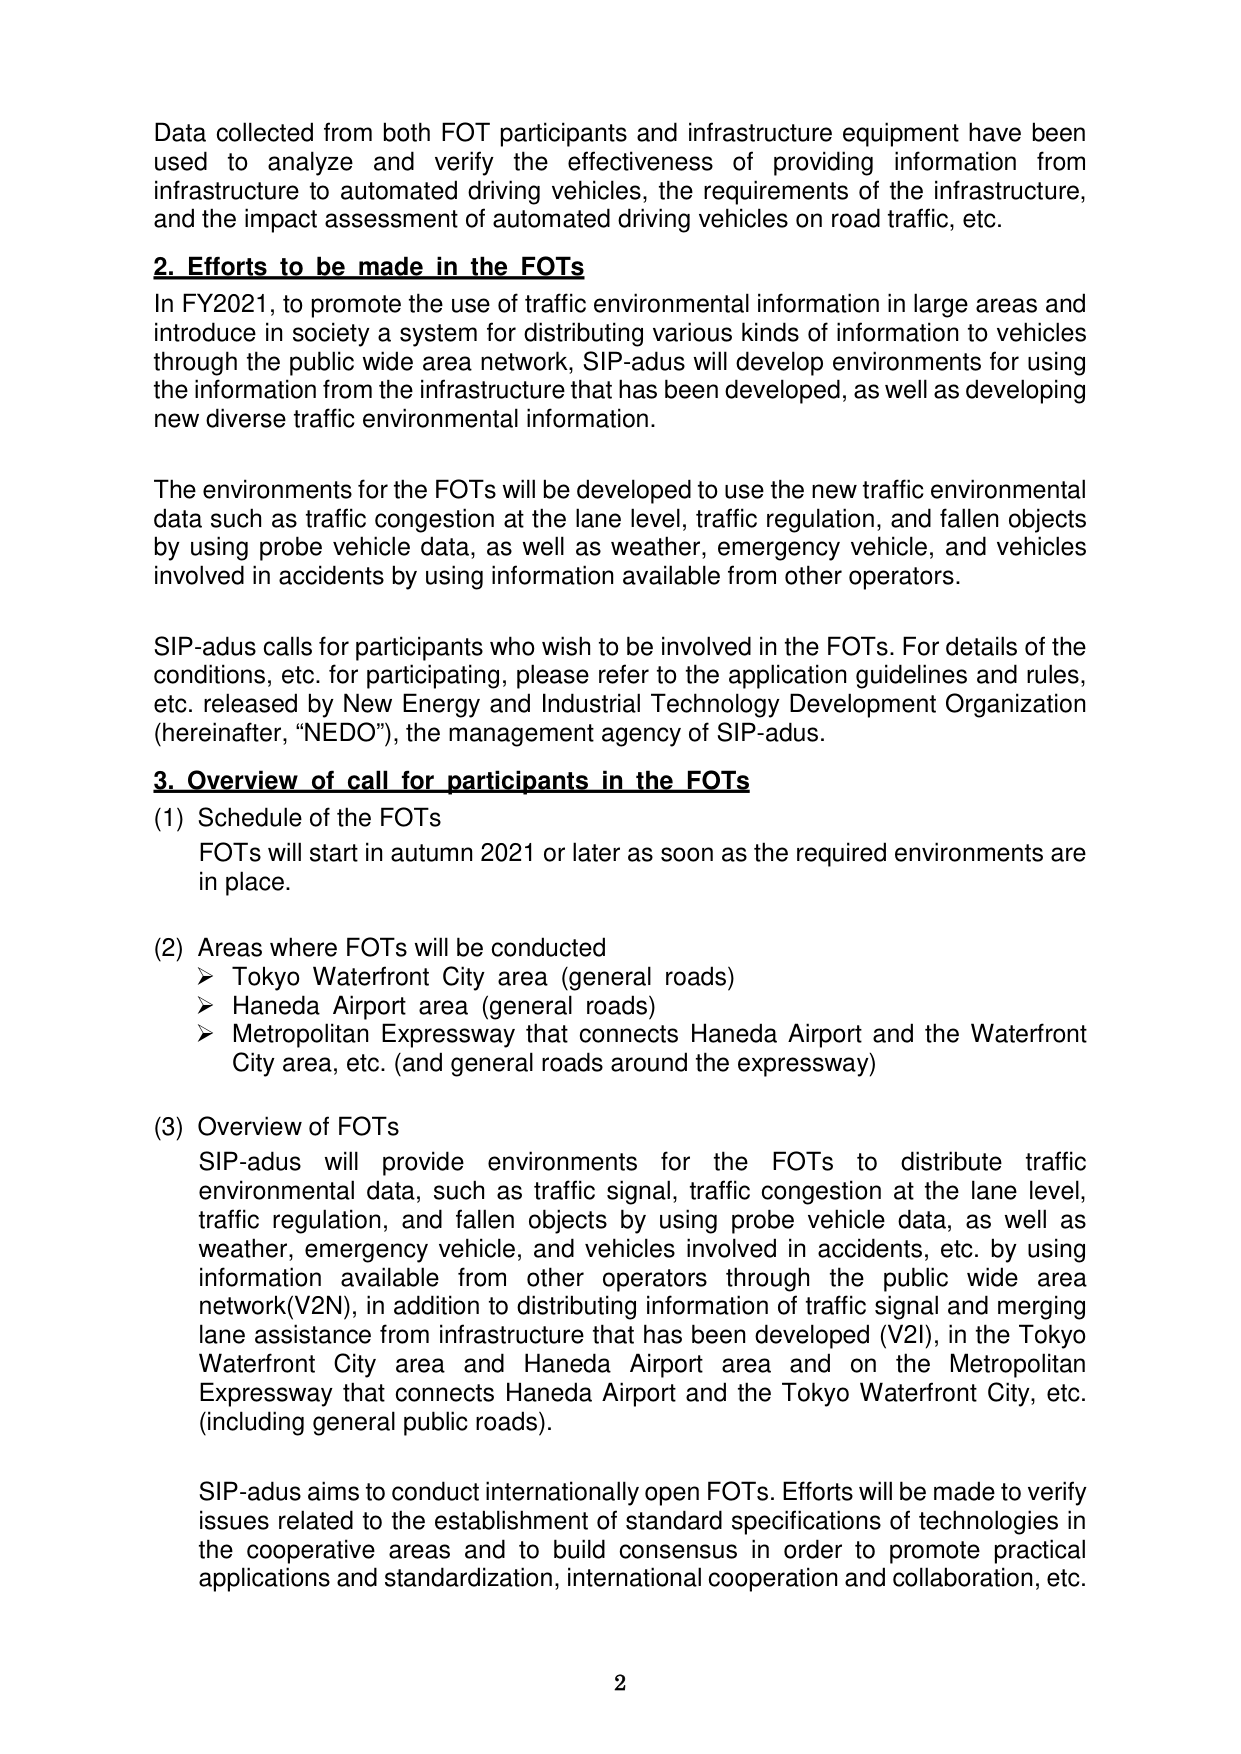
Data collected from both FOT participants and infrastructure equipment have been used to analyze and verify the effectiveness of providing information from infrastructure to automated driving vehicles, the requirements of the infrastructure, and the impact assessment of automated driving vehicles on road traffic, etc.

2. Efforts to be made in the FOTs
In FY2021, to promote the use of traffic environmental information in large areas and introduce in society a system for distributing various kinds of information to vehicles through the public wide area network, SIP-adus will develop environments for using the information from the infrastructure that has been developed, as well as developing new diverse traffic environmental information.

The environments for the FOTs will be developed to use the new traffic environmental data such as traffic congestion at the lane level, traffic regulation, and fallen objects by using probe vehicle data, as well as weather, emergency vehicle, and vehicles involved in accidents by using information available from other operators.

SIP-adus calls for participants who wish to be involved in the FOTs. For details of the conditions, etc. for participating, please refer to the application guidelines and rules, etc. released by New Energy and Industrial Technology Development Organization (hereinafter, “NEDO”), the management agency of SIP-adus.

3. Overview of call for participants in the FOTs
(1) Schedule of the FOTs
FOTs will start in autumn 2021 or later as soon as the required environments are in place.

(2) Areas where FOTs will be conducted
➤ Tokyo Waterfront City area (general roads)
➤ Haneda Airport area (general roads)
➤ Metropolitan Expressway that connects Haneda Airport and the Waterfront City area, etc. (and general roads around the expressway)

(3) Overview of FOTs
SIP-adus will provide environments for the FOTs to distribute traffic environmental data, such as traffic signal, traffic congestion at the lane level, traffic regulation, and fallen objects by using probe vehicle data, as well as weather, emergency vehicle, and vehicles involved in accidents, etc. by using information available from other operators through the public wide area network(V2N), in addition to distributing information of traffic signal and merging lane assistance from infrastructure that has been developed (V2I), in the Tokyo Waterfront City area and Haneda Airport area and on the Metropolitan Expressway that connects Haneda Airport and the Tokyo Waterfront City, etc. (including general public roads).

SIP-adus aims to conduct internationally open FOTs. Efforts will be made to verify issues related to the establishment of standard specifications of technologies in the cooperative areas and to build consensus in order to promote practical applications and standardization, international cooperation and collaboration, etc.

2